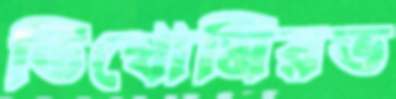
তিখোমিরভ